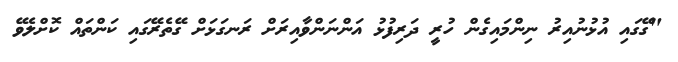
"ގޭގައި އުޅުނުއިރު ނިންމައިގެން ހުރީ ދަރިފުޅު އަންނަންވާއިރަށް ރަނގަޅަށް ގޭތެރޭގައި ކަންތައް ކޮށްލެވޭ